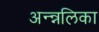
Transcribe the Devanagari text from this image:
अन्न्नलिका